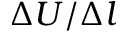
\Delta U / \Delta l